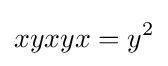
xyxyx=y^{2}